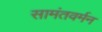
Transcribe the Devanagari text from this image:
सामंतवर्मन